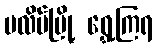
ပလိပ်မြို့ ရွှေ့ကြရ